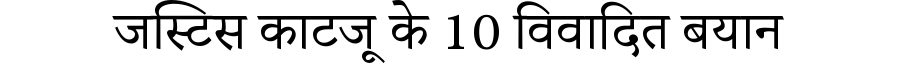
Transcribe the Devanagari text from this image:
जस्टिस काटजू के 10 विवादित बयान